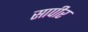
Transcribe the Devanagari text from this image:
सापीर